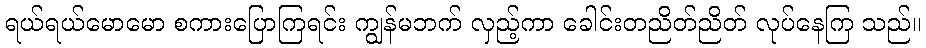
ရယ်ရယ်မောမော စကားပြောကြရင်း ကျွန်မဘက် လှည့်ကာ ခေါင်းတညိတ်ညိတ် လုပ်နေကြ သည်။